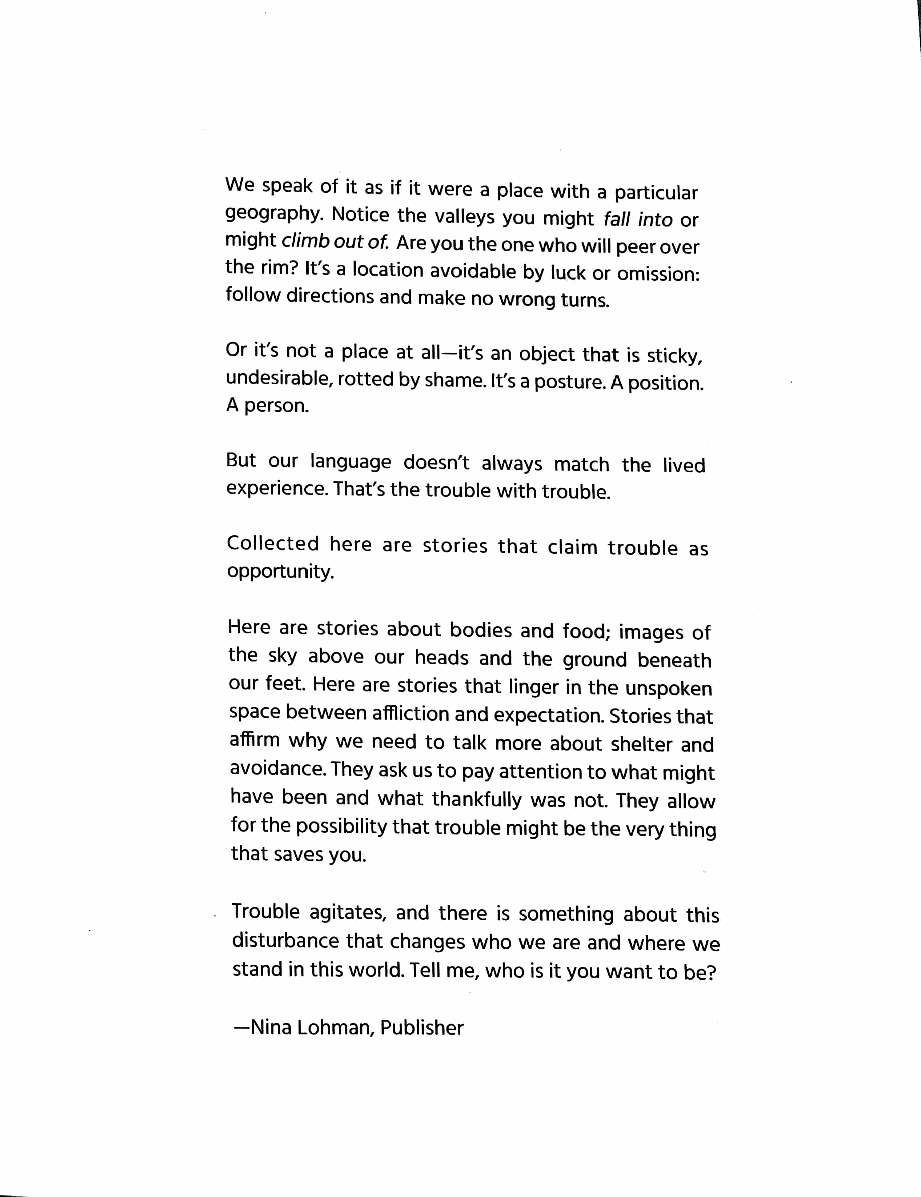
We speak of it as if it were a place with a particular
 geography. Notice the valleys you might fa// into or
 might climb out of. Are you the one who will peer over
 the rim? It's a location avoidable by luck or omission:
 follow directions and make no wrong turns.
 Or it's not a place at all-it's an object that is sticky,
 undesirable, rotted by shame. It's a posture. A position.
 A person.
 But our language doesn't always match the lived
 experience. That's the trouble with trouble.
 Collected here are stories that claim trouble as
 opportunity.
 Here are stories about bodies and food; images of
 the sky above our heads and the ground beneath
 our feet. Here are stories that linger in the unspoken
 space between affliction and expectation. Stories that
 affirm why we need to talk more about shelter and
 avoidance. They ask us to pay attention to what might
 have been and what thankfully was not. They allow
 for the possibility that trouble might be the very thing
 that saves you.
 Trouble agitates, and there is something about this
 disturbance that changes who we are and where we
 stand in this world. Tell me, who is it you want to be?
 -Nina Lohman, Publisher